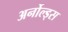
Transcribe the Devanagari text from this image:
अर्नोल्ड्स